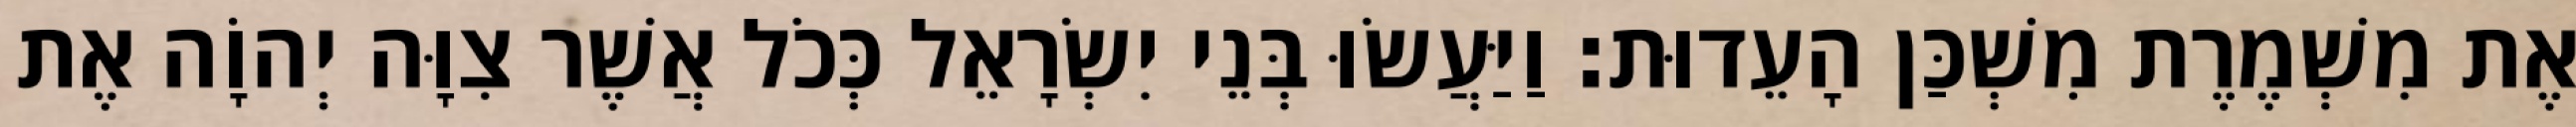
אֶת מִשְׁמֶרֶת מִשְׁכַּן הָעֵדוּת׃ וַיַּעֲשׂוּ בְּנֵי יִשְׂרָאֵל כְּכֹל אֲשֶׁר צִוָּה יְהוָֹה אֶת